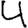
Digit: 4